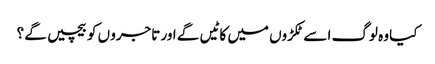
کیا وہ لوگ ا سے ٹکڑوں میں کا ٹیں گے اور تاجرو ں کو بیچیں گے ؟